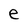
Character: e